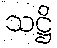
သဋ္ဌိ